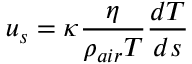
u _ { s } = \kappa \frac { \eta } { \rho _ { a i r } T } \frac { d T } { d s }